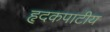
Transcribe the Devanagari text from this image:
हृदकपाटीय